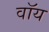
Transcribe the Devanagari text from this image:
वॉय